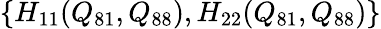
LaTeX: \{ H_{11}(Q_{81},Q_{88}),H_{22}(Q_{81},Q_{88})\}